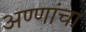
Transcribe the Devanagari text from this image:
अण्णांचा